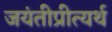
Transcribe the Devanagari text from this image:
जयंतीप्रीत्यर्थ